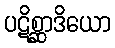
ပဋိစ္ဆာဒိယော